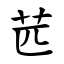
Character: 苉